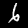
Digit: 6